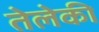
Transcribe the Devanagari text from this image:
तेलेकी